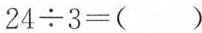
$$2 4 ÷ 3 = ( )$$